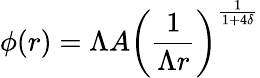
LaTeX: \phi(r)=\Lambda A\left(\frac{1}{\Lambda r}\right)^{\frac{1}{1+4\delta}}